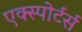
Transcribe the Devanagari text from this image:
एक्स्पोर्टर्स